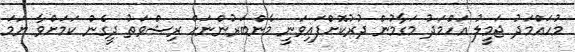
މުހައްމަދު ޖަމީލު އަހްމަދު މަގާމުން ދުރުކޮށްފައިވަނީ މެންބަރުންނަށް ރިޝްވަތު ދީގެން ކަމަށްވާ ނަމަ